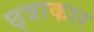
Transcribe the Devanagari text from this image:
छ्त्राकार